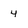
Character: 4